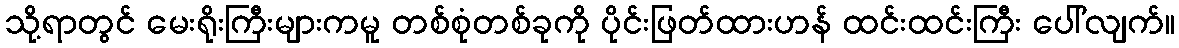
သို့ရာတွင် မေးရိုးကြီးများကမူ တစ်စုံတစ်ခုကို ပိုင်းဖြတ်ထားဟန် ထင်းထင်းကြီး ပေါ်လျက်။